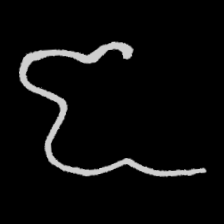
Pyu character \u2014 Myanmar letter: ဇ (romanized: ja)